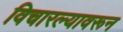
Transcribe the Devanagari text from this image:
विचारल्यावरून